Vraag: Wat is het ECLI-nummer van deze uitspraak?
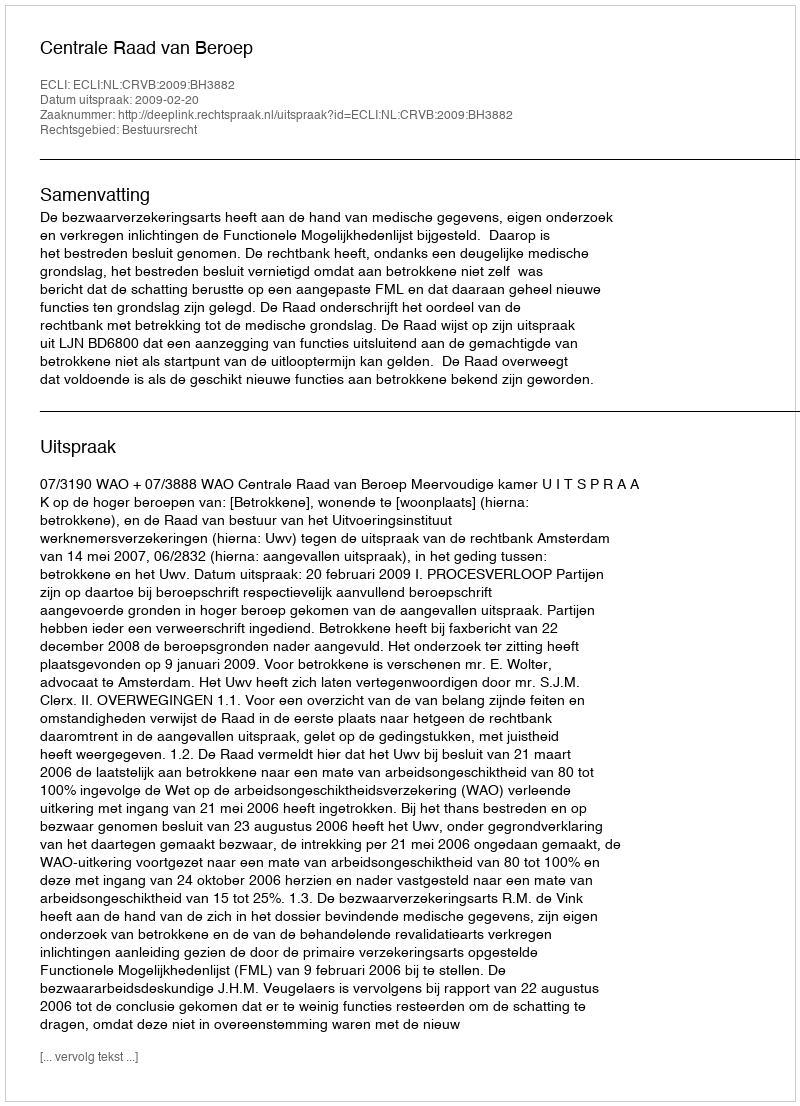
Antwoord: ECLI:NL:CRVB:2009:BH3882